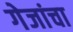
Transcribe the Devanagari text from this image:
गेजांचा